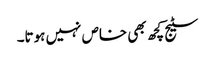
سٹیج کچھ بھی خاص نہیں ہوتا۔